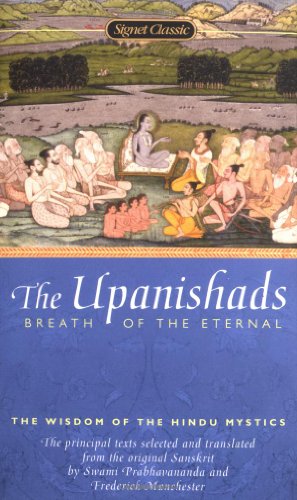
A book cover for The Upanishads: Breath from the Eternal; Religion & Spirituality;